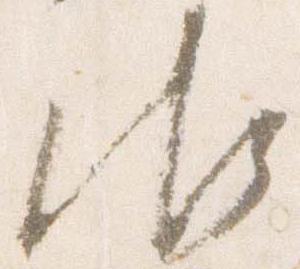
御